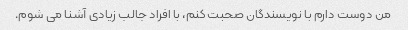
من دوست دارم با نویسندگان صحبت کنم، با افراد جالب زیادی آشنا می شوم.